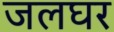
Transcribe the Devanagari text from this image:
जलघर